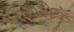
પૂરોગામીએ